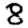
Digit: 8